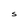
Character: S